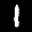
Label: 1